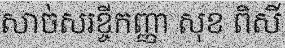
សាច់សរខ្ចីកញ្ញា សុខ ពិសី